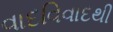
વાદવિવાદથી